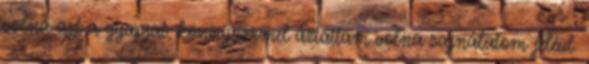
volna azt a gyapjat, könnyeimmel áztattam volna sajnálatom jeléül.